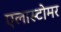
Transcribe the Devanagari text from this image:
एलास्टोमर